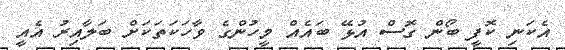
އެކަނި ކޮފީ ބޯން ގޮސް އުޅޭ ބައެއް މީހުންގެ ވާހަކަތަކަށް ބަލާއިރު އެއީ